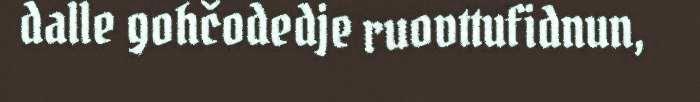
dalle gohčodedje ruovttufidnun,